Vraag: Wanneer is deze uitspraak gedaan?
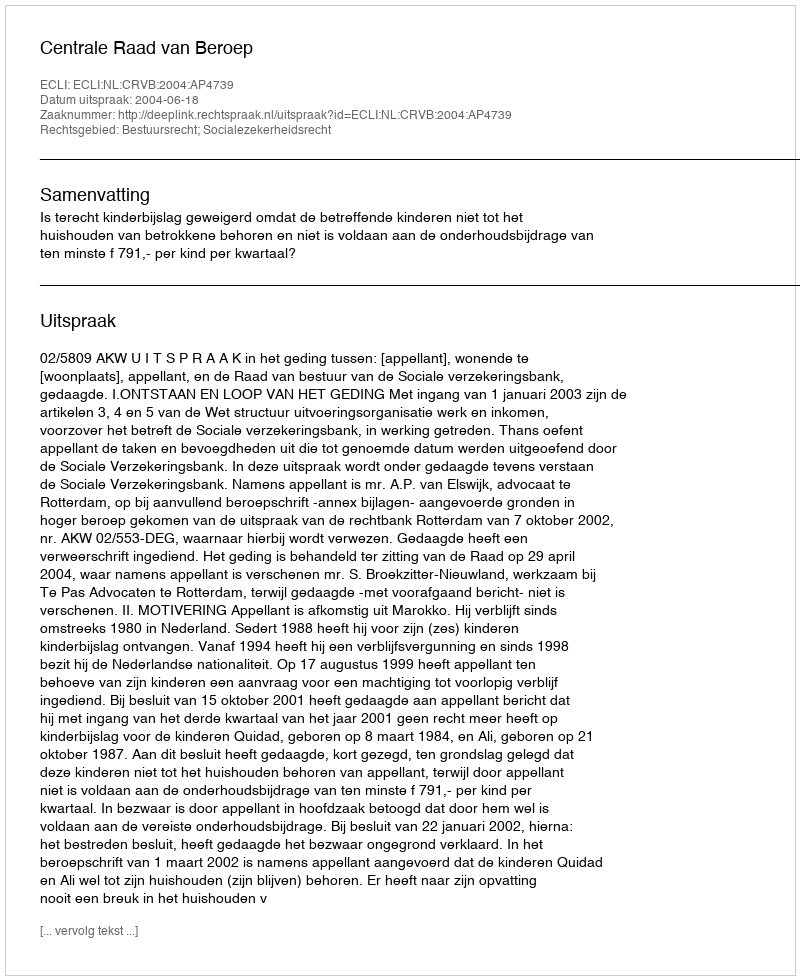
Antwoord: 2004-06-18